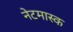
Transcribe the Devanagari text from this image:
नेटमास्क